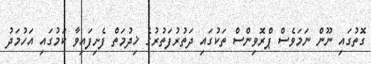
ގޮތުގައި ނޫން ނަމަވެސް ޕްރޮވިންސް ތަކުގައި ދަތުރުފަތުރުގެ ޚިދުމަތް ފެށިފައިވާ ކަމުގައި އަހުމަދު